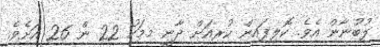
ލުބުނާން އެވެ. ކޮލިފައިން ކުރިއަށް ދާނީ މިމަހު 22 ން 26 އަށެވެ.